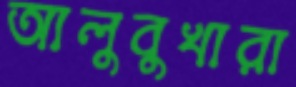
আলুবুখারা